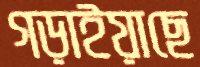
গড়াইয়াছে